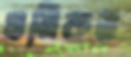
ওমিকন